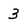
Character: 3